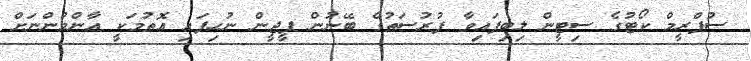
ސުޕްރީމް ކޯޓުގެ ސިޓީން ލިބިފައިވާ ފުރުސަތުގެ ބޭނުން ޕީޖީން ނުހިފައި އޮތުމަކީ އާންމުންނަށް